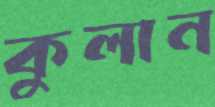
কুলান